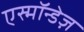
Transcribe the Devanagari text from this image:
एस्मॉन्डेज़